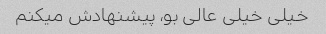
خیلی خیلی عالی بو، پیشنهادش میکنم